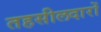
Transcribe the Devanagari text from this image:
तहसीलदारों